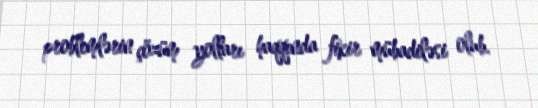
problemlərin çözüm yolları haqqında fikir mübadiləsi olub.